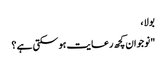
بولا ،
"نوجوان کچھ رعایت ہو سکتی ہے ؟